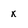
Character: x